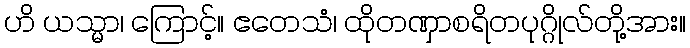
ဟိ ယသ္မာ၊ ကြောင့်။ ဧတေသံ၊ ထိုတဏှာစရိတပုဂ္ဂိုလ်တို့အား။